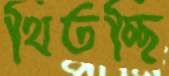
থিতচ্ছি